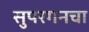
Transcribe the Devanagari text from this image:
सुपरगनचा